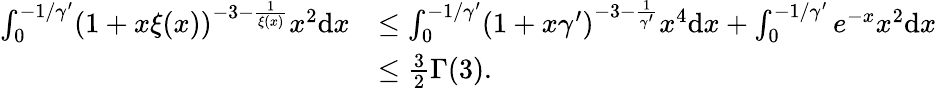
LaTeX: \begin{array}{rl}{\int_{0}^{-1/\gamma^{\prime}}(1+x\xi(x))^{-3-\frac{1}{\xi(x)}}x^{2}\mathrm{d}x}&{\leq\int_{0}^{-1/\gamma^{\prime}}(1+x\gamma^{\prime})^{-3-\frac{1}{\gamma^{\prime}}}x^{4}\mathrm{d}x+\int_{0}^{-1/\gamma^{\prime}}e^{-x}x^{2}\mathrm{d}x}\\ &{\leq\frac{3}{2}\Gamma(3).}\end{array}